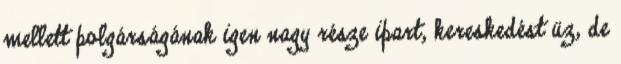
mellett polgárságának igen nagy része ipart, kereskedést üz, de